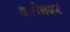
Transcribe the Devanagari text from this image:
वालेनबर्ग